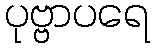
ပုဗ္ဗာပရေ